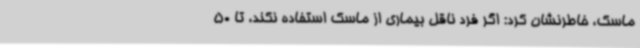
ماسک، خاطرنشان کرد: اگر فرد ناقل بیماری از ماسک استفاده نکند، تا 50